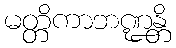
မတ္တိကာဘဏ္ဍန္တိ